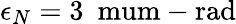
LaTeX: \epsilon_{N}=3\mathrm{\ \ mum-rad}